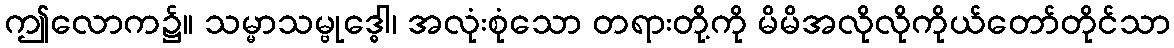
ဤလောက၌။ သမ္မာသမ္ဗုဒ္ဓေါ၊ အလုံးစုံသော တရားတို့ကို မိမိအလိုလိုကိုယ်တော်တိုင်သာ